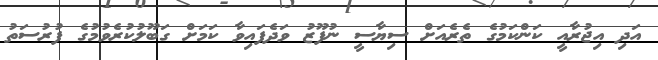
އަދި އިޖުރާއީ ކަންކަމުގެ ތެރެއަށް ސިޔާސީ ނުފޫޒު ވަދެފައިވާ ކަމަށް ގަބޫލުކުރެވުމުގެ ފުރުސަތު